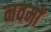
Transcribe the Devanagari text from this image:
नवमों